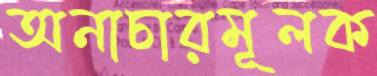
অনাচারমূলক